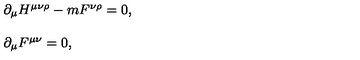
\begin{array} { r c l } { } & { } & { \partial _ { \mu } H ^ { \mu \nu \rho } - m F ^ { \nu \rho } = 0 , } \\ { } & { } & { } \\ { } & { } & { \partial _ { \mu } F ^ { \mu \nu } = 0 , } \\ \end{array}